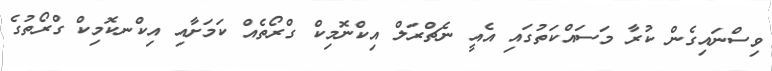
ވިސްނައިގެން ކުރާ މަސައްކަތުގައި އެއީ ނެޗްރަލް އިކްނޮމިކް ގްރޯތެއް ކަމަށާއި އިކްނކޮމިކް ގްރޯތުގެ